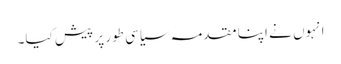
انہوں نے اپنا مقدمہ سیاسی طور پر پیش کیا۔